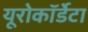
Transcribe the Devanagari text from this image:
यूरोकॉर्डेटा